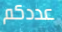
عددكم